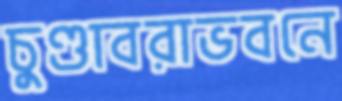
চুণ্ডাবরাভবনে